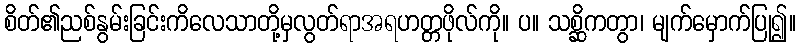
စိတ်၏ညစ်နွမ်းခြင်းကိလေသာတို့မှလွတ်ရာအရဟတ္တဖိုလ်ကို။ ပ။ သစ္ဆိကတွာ၊ မျက်မှောက်ပြု၍။